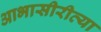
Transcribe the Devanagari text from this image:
आभासीरीत्या